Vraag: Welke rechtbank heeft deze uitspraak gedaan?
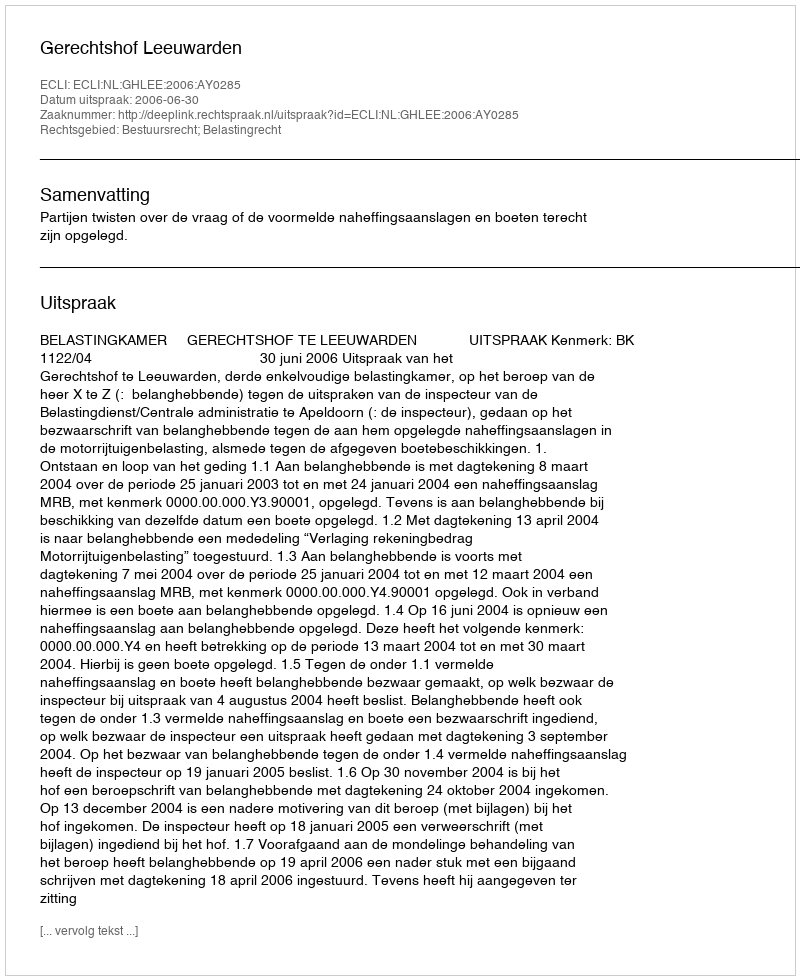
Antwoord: Gerechtshof Leeuwarden